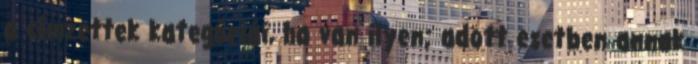
a címzettek kategóriái, ha van ilyen; adott esetben annak